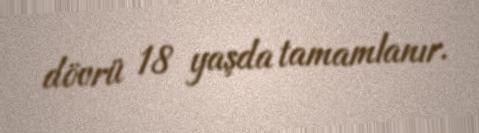
dövrü 18 yaşda tamamlanır.